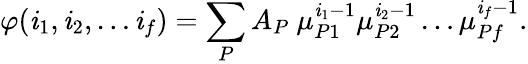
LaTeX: \varphi(\mathit{i}_{1},\mathit{i}_{2},\dots\mathit{i}_{f})=\sum_{P}A_{P}\ \mu_{P1}^{\mathit{i}_{1}-1}\mu_{P2}^{\mathit{i}_{2}-1}\dots\mu_{Pf}^{\mathit{i}_{f}-1}.